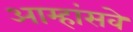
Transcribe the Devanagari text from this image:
आम्हांसवे